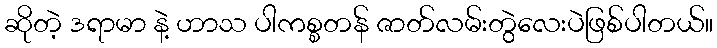
ဆိုတဲ့ ဒရာမာ နဲ့ ဟာသ ပါကစ္စတန် ဇာတ်လမ်းတွဲလေးပဲဖြစ်ပါတယ်။